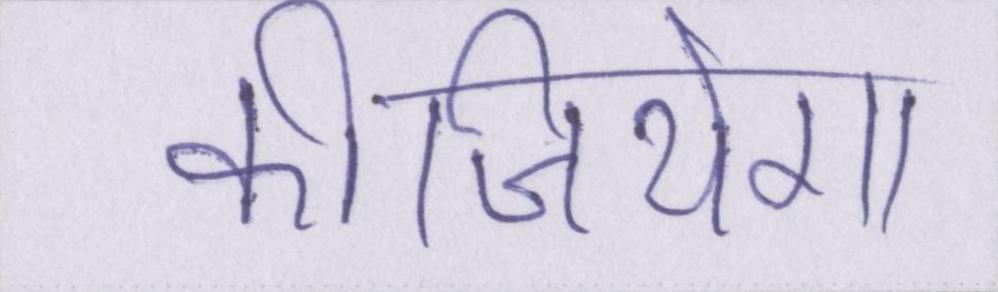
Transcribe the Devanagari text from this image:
कीजियेगा